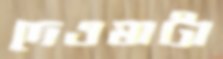
দেওঘাটা